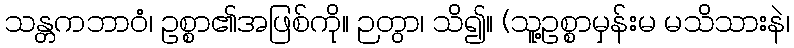
သန္တကဘာဝံ၊ ဥစ္စာ၏အဖြစ်ကို။ ဉတွာ၊ သိ၍။ (သူ့ဥစ္စာမှန်းမ မသိသားနဲ၊